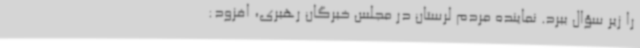
را زیر سؤال ببرد. نماینده مردم لرستان در مجلس خبرگان رهبری، افزود: